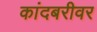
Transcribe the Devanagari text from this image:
कांदबरीवर